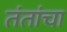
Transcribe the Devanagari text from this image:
तंतांचा